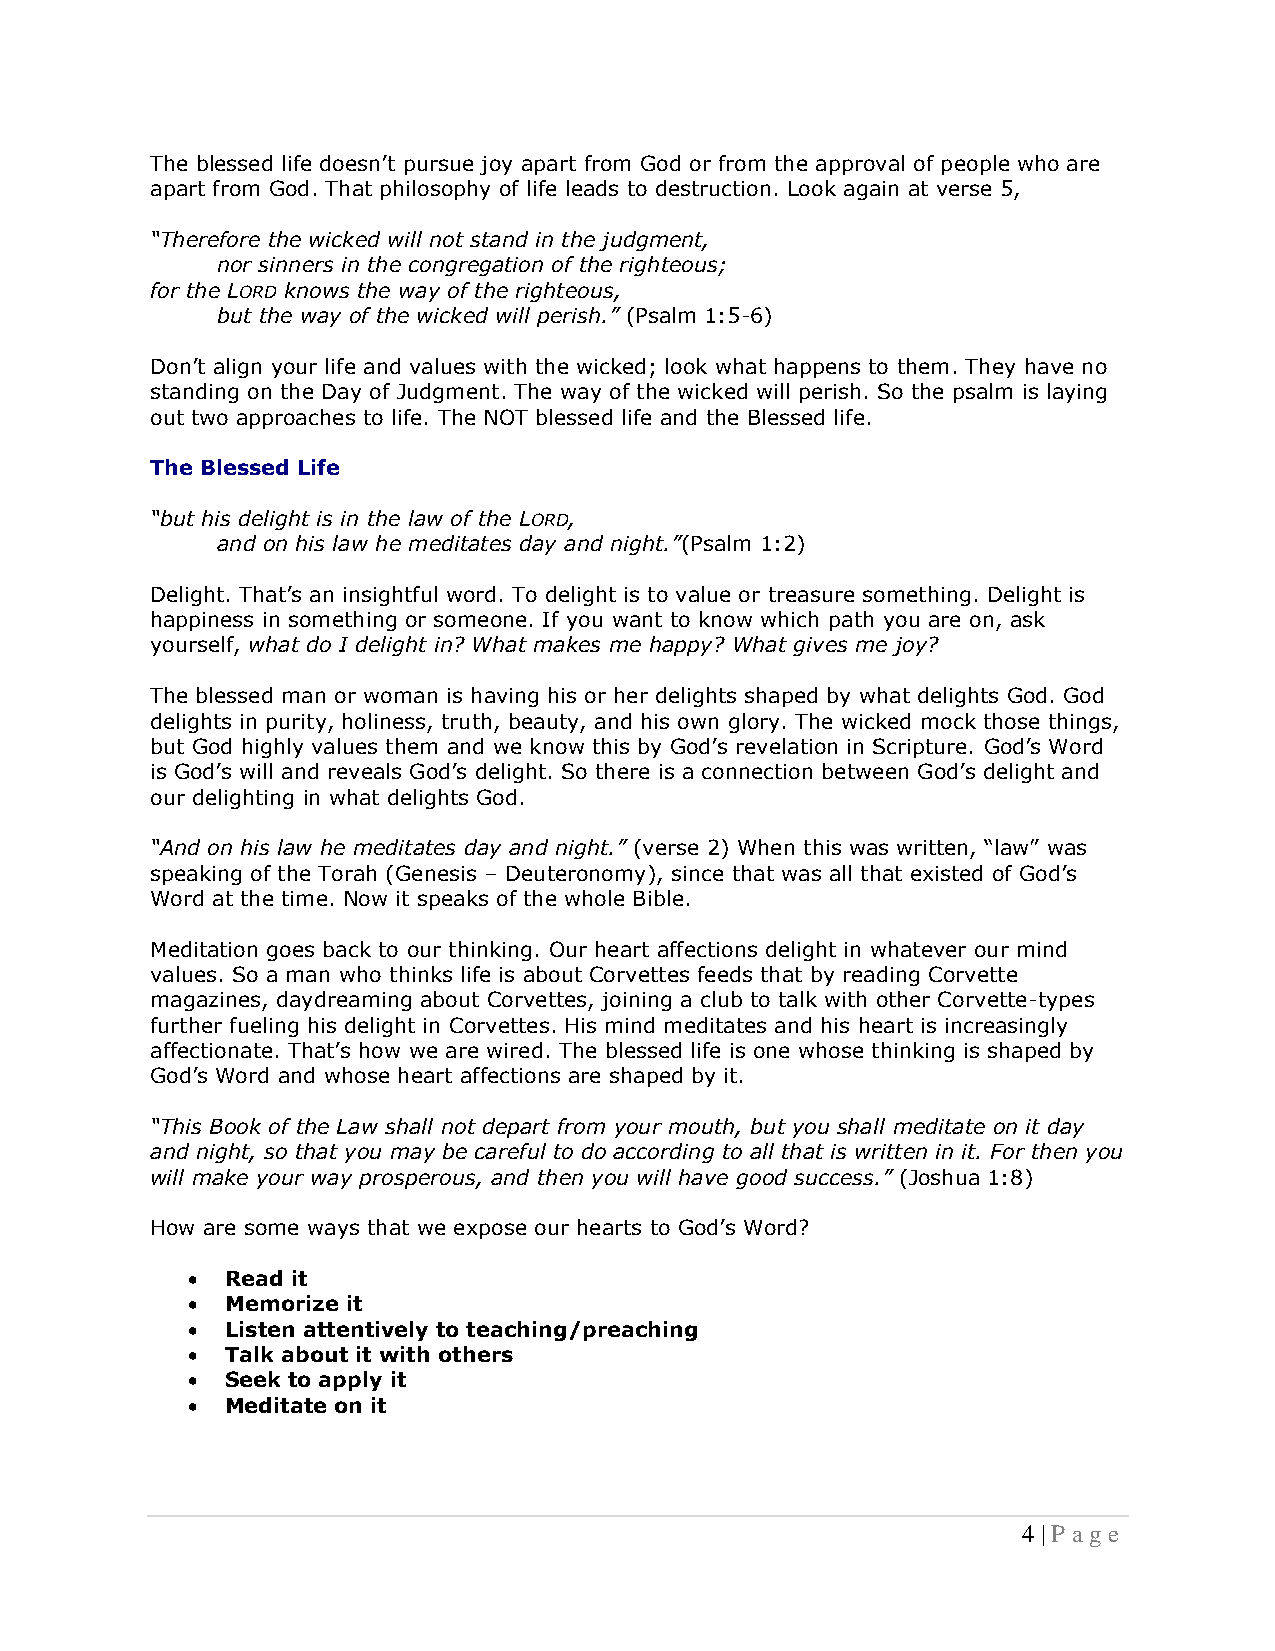
The blessed life doesn’t pursue joy apart from God or from the approval of people who are
 apart from God. That philosophy of life leads to destruction. Look again at verse 5,
 “Therefore the wicked will not stand in the judgment,
 nor sinners in the congregation of the righteous;
 for the LORD knows the way of the righteous,
 but the way of the wicked will perish.” (Psalm 1:5-6)
 Don’t align your life and values with the wicked; look what happens to them. They have no
 standing on the Day of Judgment. The way of the wicked will perish. So the psalm is laying
 out two approaches to life. The NOT blessed life and the Blessed life.
 The Blessed Life
 “but his delight is in the law of the LORD,
 and on his law he meditates day and night.”(Psalm 1:2)
 Delight. That’s an insightful word. To delight is to value or treasure something. Delight is
 happiness in something or someone. If you want to know which path you are on, ask
 yourself, what do I delight in? What makes me happy? What gives me joy?
 The blessed man or woman is having his or her delights shaped by what delights God. God
 delights in purity, holiness, truth, beauty, and his own glory. The wicked mock those things,
 but God highly values them and we know this by God’s revelation in Scripture. God’s Word
 is God’s will and reveals God’s delight. So there is a connection between God’s delight and
 our delighting in what delights God.
 “And on his law he meditates day and night.” (verse 2) When this was written, “law” was
 speaking of the Torah (Genesis – Deuteronomy), since that was all that existed of God’s
 Word at the time. Now it speaks of the whole Bible.
 Meditation goes back to our thinking. Our heart affections delight in whatever our mind
 values. So a man who thinks life is about Corvettes feeds that by reading Corvette
 magazines, daydreaming about Corvettes, joining a club to talk with other Corvette-types
 further fueling his delight in Corvettes. His mind meditates and his heart is increasingly
 affectionate. That’s how we are wired. The blessed life is one whose thinking is shaped by
 God’s Word and whose heart affections are shaped by it.
 “This Book of the Law shall not depart from your mouth, but you shall meditate on it day
 and night, so that you may be careful to do according to all that is written in it. For then you
 will make your way prosperous, and then you will have good success.” (Joshua 1:8)
 How are some ways that we expose our hearts to God’s Word?
 •  Read it
 •  Memorize it
 •  Listen attentively to teaching/preaching
 •  Talk about it with others
 •  Seek to apply it
 •  Meditate on it
 4 | P a ge